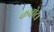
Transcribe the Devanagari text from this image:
कचोटा